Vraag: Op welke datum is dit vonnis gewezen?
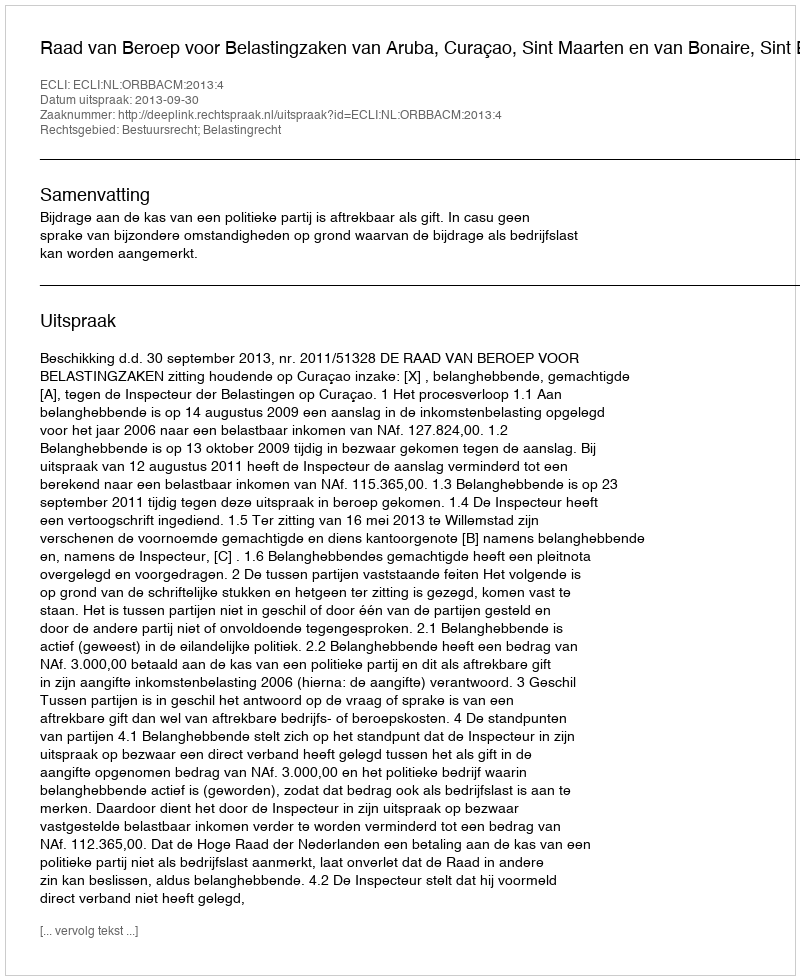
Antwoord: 2013-09-30